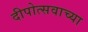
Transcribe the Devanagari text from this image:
दीपोत्सवाच्या